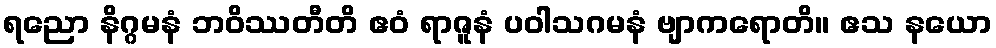
ရညော နိဂ္ဂမနံ ဘဝိဿတီတိ ဧဝံ ရာဇူနံ ပဝါသဂမနံ ဗျာကရောတိ။ ဧသ နယော